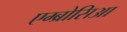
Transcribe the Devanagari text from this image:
एम्ब्रोसिआ